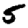
Digit: 5